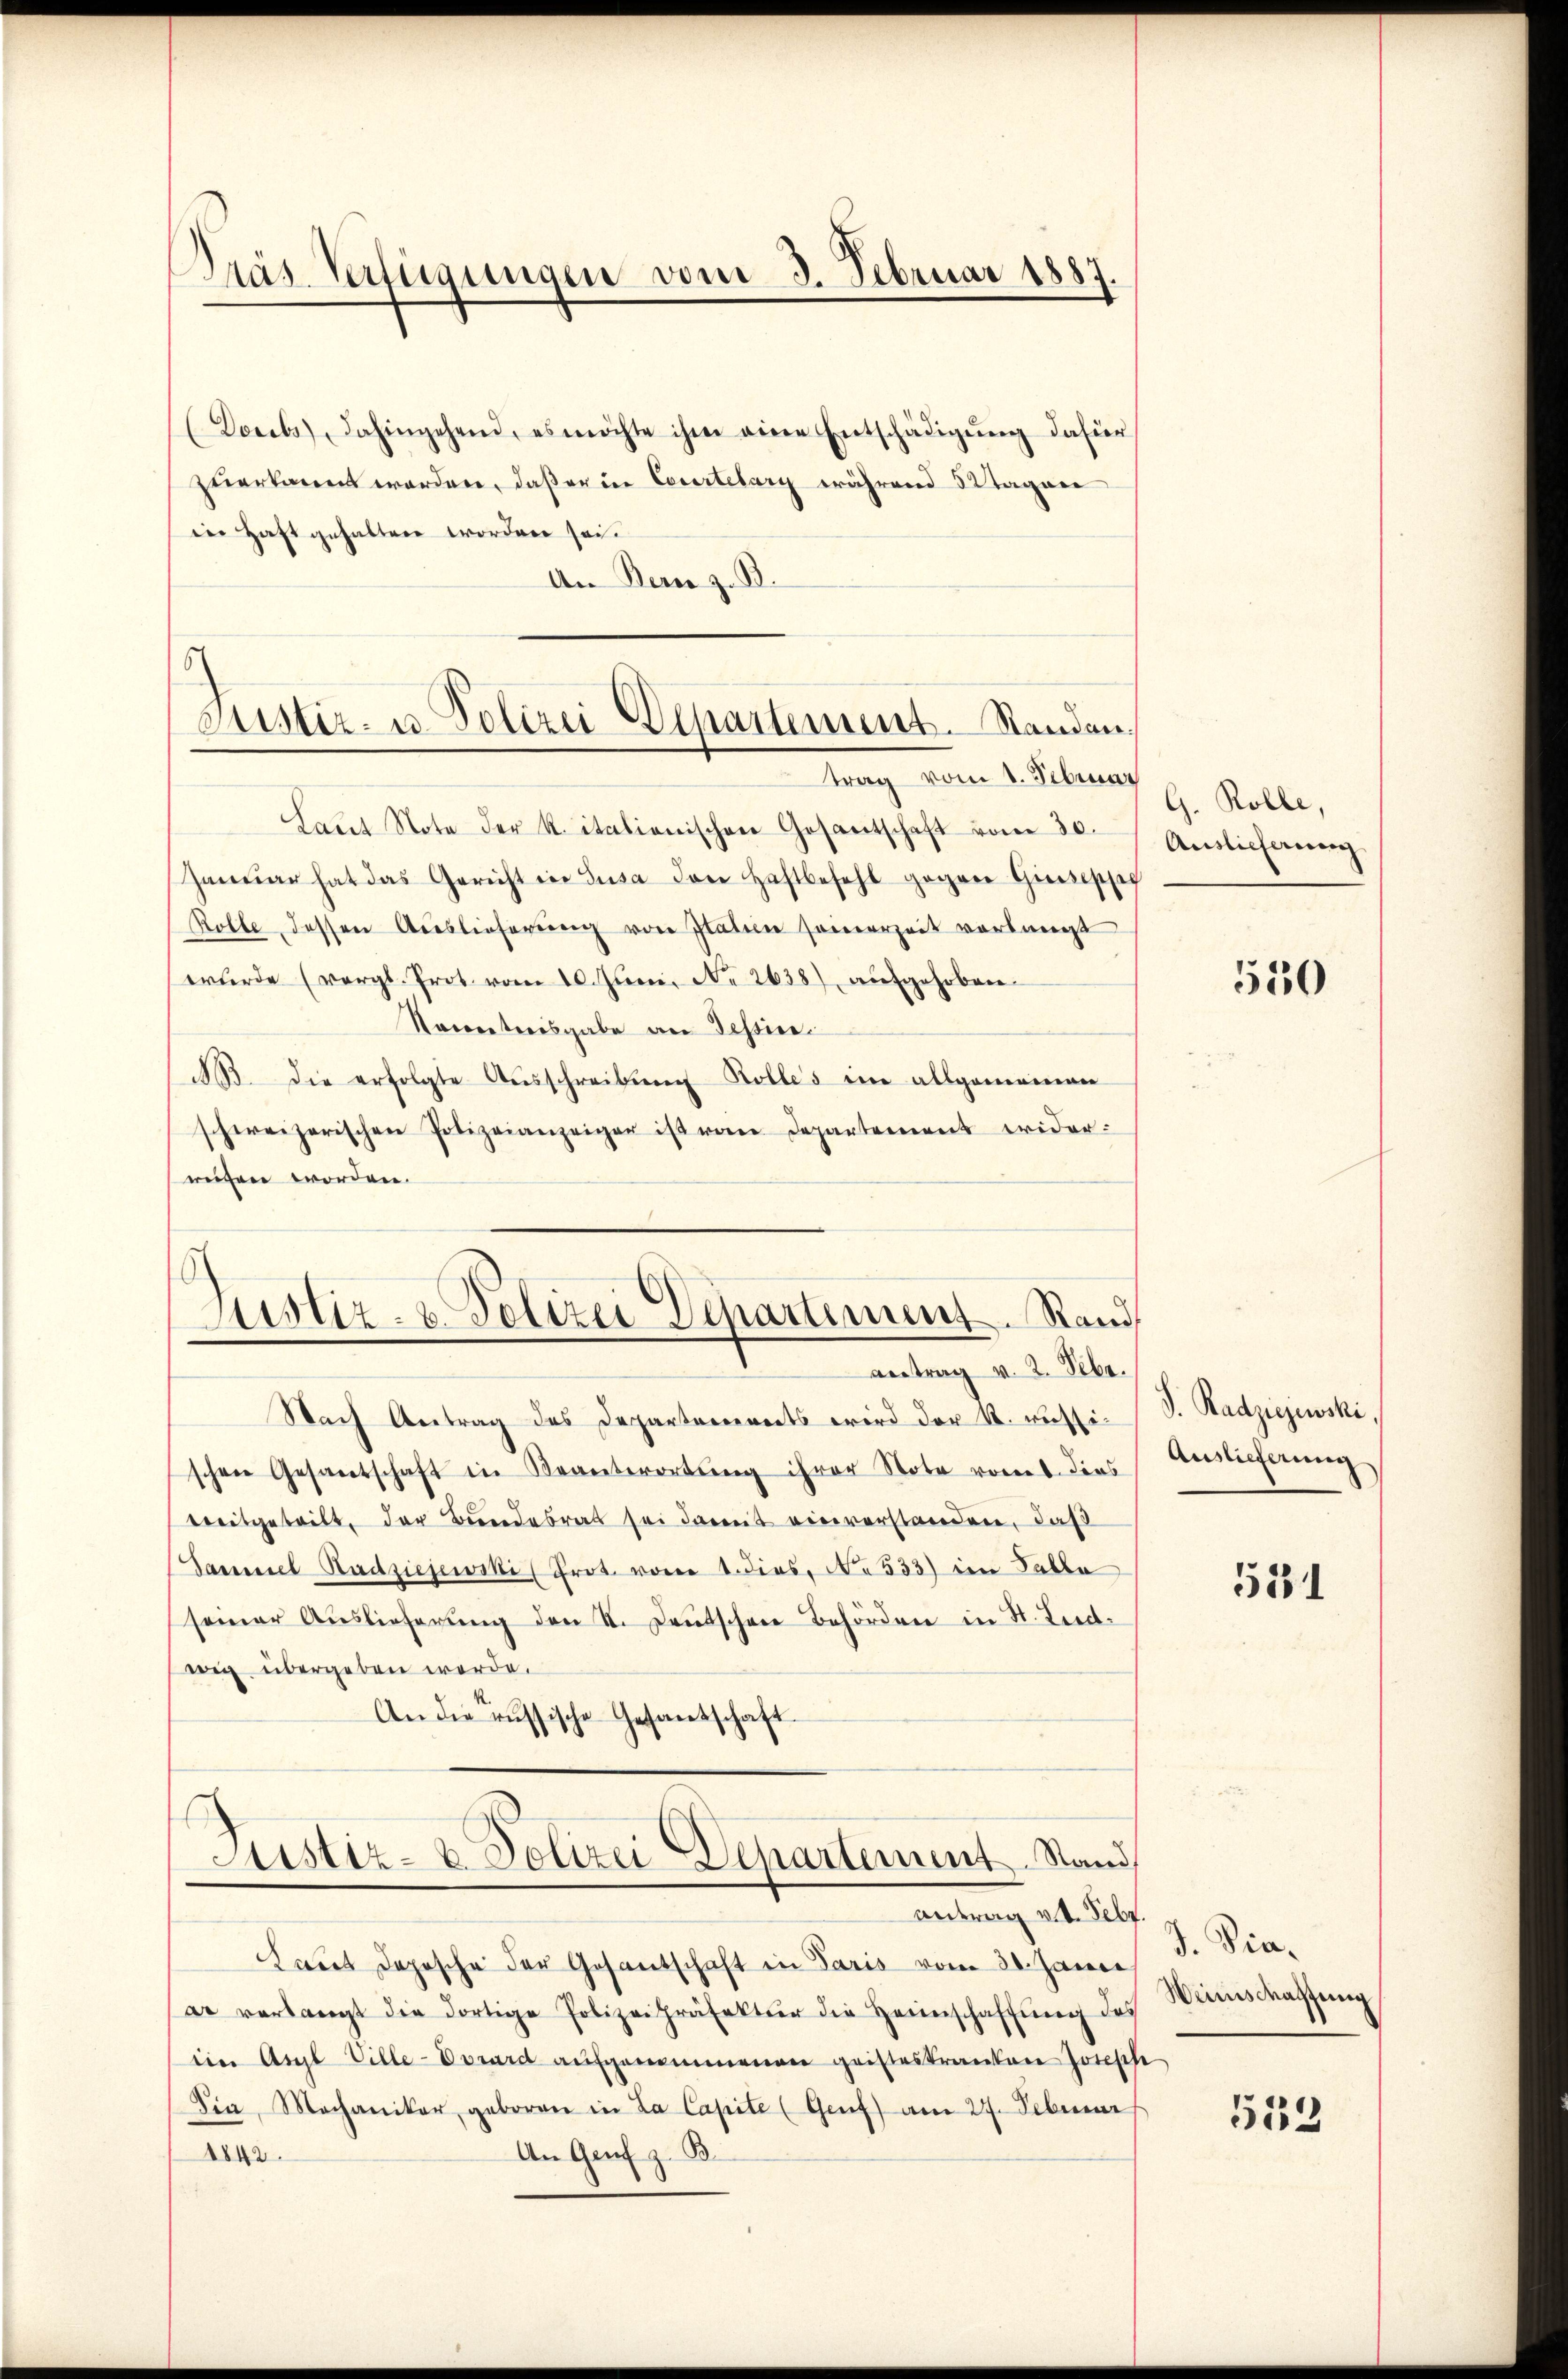
Präs. Verfügungen vom 3. Februar 1887

(Dorels, dahingehend, es möchte ihm eine Entschädigŭng dahier
zuerkannt worden, daß er in Courtelary während 3 tagen
in Haft gehalten worden sei.
An Bern z. B.

5
Sistir- u. Polizei Elpartement. Standen.

6
Justiz- & Polizei Departement. Stand
antrag v. 2. Febr.

trag vom 1. Februar
Laŭt Note der k. italienischen Gesantschaft vom 30.
Januar hat das Gericht in Susa den Haftbefehl gegen Giuseppe
Rolle, dessen Auslieferŭng von Platern samerzeit verlangt
wurde (vergl. Prot vom 10. Juni, No 2638) aufgehoben.
Seneetreisgabe an Tessine.
A. die erfolgte Aŭsschreibŭng Kolles ein allgemeinen
schweizerischen Polizeianzeiger ist vom Departement wider-
reisen worden.

Nach Antrag des Departanereits wird der k. russi-
schen Gesantschaft in Beantwortung ihrer Note vom 8. dies
weitgeteilt, der Bundesrat sei damit einverstanden, daß
Sammel Hadziejewski (Prot. vom 1. dies, No 533) im Tabla
seiner Auslieferung den K. Deutschen Behörden in St. Liedwig übergeben werde.
An die russische Gesantschaft

Justiz- & Polizei Departement. Stand
Antrag v. 4. Febr

Laut Deposche der Gesantschaft in Paris vom 30. Jann
ar verlangt die dortige Polizeipräfektur die Heimschaffŭng des
ein Argl Ville-Vorard aufgenommenen geisteskranken Jotische
Sin, Mechaniker, geboren in La Capite (Genf) am 27. Februar
An Genf z. B.
1842.

G. Rolle,
Auslieferung

550

S. Radziejusski,
Auslieferung

531

J. Pia.
Weinsmassung

513